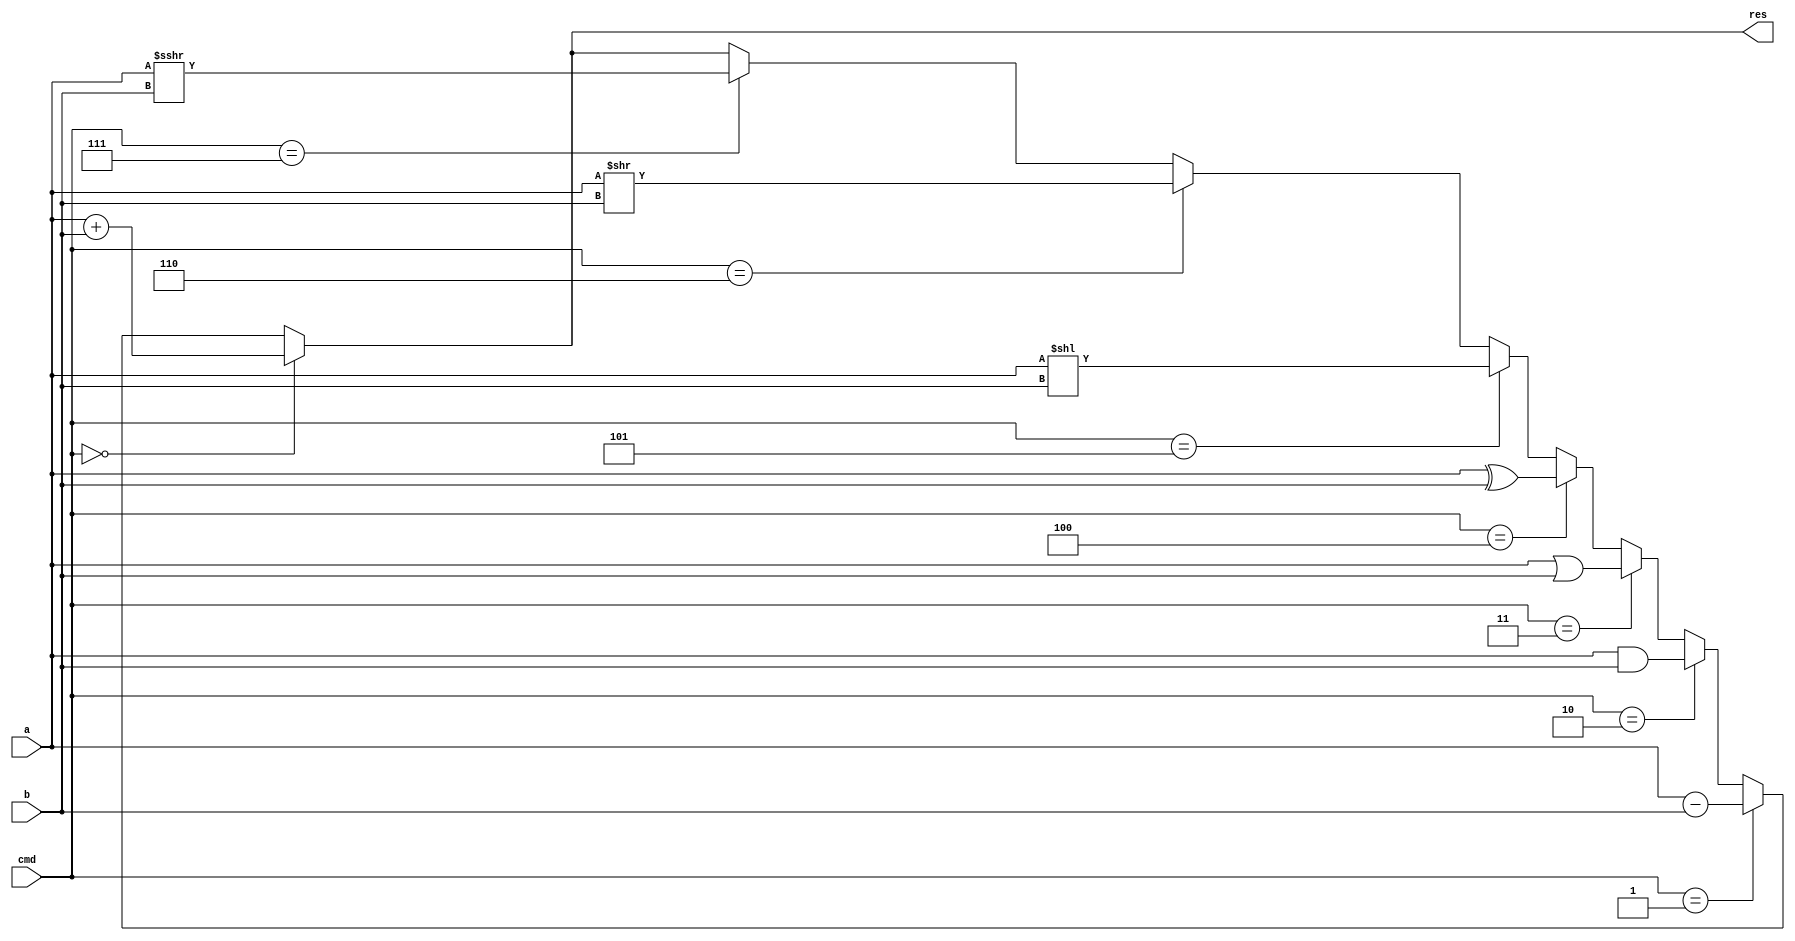
module ALU(a,b,cmd,res);
input [15:0] a,b;
input [2:0] cmd;
output [15:0] res;
assign res = (cmd==0) ? a+b : 
					(cmd==1) ? a-b : 
					(cmd==2) ? a&b : 
					(cmd==3) ? a|b : 
					(cmd==4) ? a^b : 
					(cmd==5) ? a << b : 
					(cmd==6) ? a >> b : 
					(cmd==7) ? a >>> b : res;
endmodule